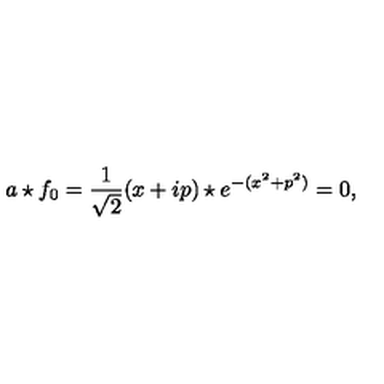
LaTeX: a \star f _ { 0 } = \frac { 1 } { \sqrt { 2 } } ( x + i p ) \star e ^ { - ( x ^ { 2 } + p ^ { 2 } ) } = 0 ,